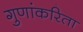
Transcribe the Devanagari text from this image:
गुणांकरिता